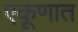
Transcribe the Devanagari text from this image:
एकूणात